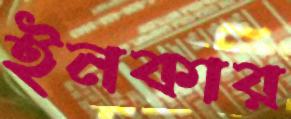
ইনকার